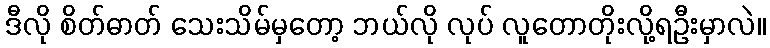
ဒီလို စိတ်ဓာတ် သေးသိမ်မှတော့ ဘယ်လို လုပ် လူတောတိုးလို့ရဦးမှာလဲ။